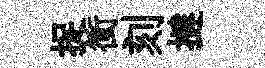
捉衝刻撻